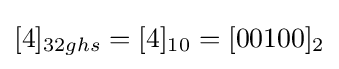
[4]_{32ghs}=[4]_{10}=[00100]_{2}